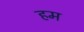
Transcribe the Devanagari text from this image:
हम